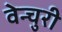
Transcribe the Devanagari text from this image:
वेन्चुरी